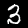
Label: 3